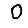
Digit: 0